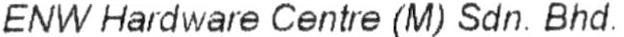
ENW HARDWARE CENTRE (M) SDN. BHD.